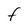
Character: F